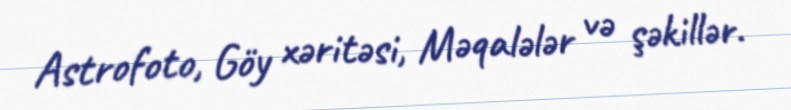
Astrofoto, Göy xəritəsi, Məqalələr və şəkillər.